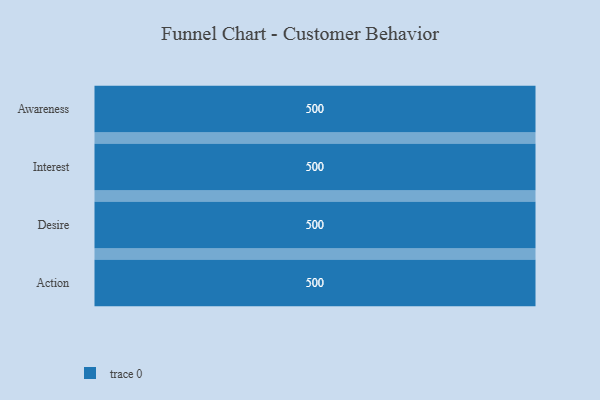
{"axis": {"x": "Stage", "y": "Value"}, "legend": [""], "data": [{"x": "Awareness", "y": 500, "type": ""}, {"x": "Interest", "y": 500, "type": ""}, {"x": "Desire", "y": 500, "type": ""}, {"x": "Action", "y": 500, "type": ""}]}